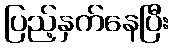
ပြည့်နှက်နေပြီး